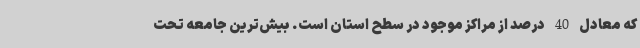
که معادل 40 درصد از مراکز موجود در سطح استان است. بیش‌ترین جامعه تحت